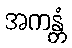
အကန္တံ